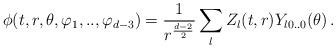
LaTeX: \begin{align*}\phi(t,r,\theta,\varphi_1,..,\varphi_{d-3})= \frac{1}{r^{\frac{d-2}{2}}}\sum_{l}Z_l(t,r) Y_{l0..0}(\theta)\,.\end{align*}